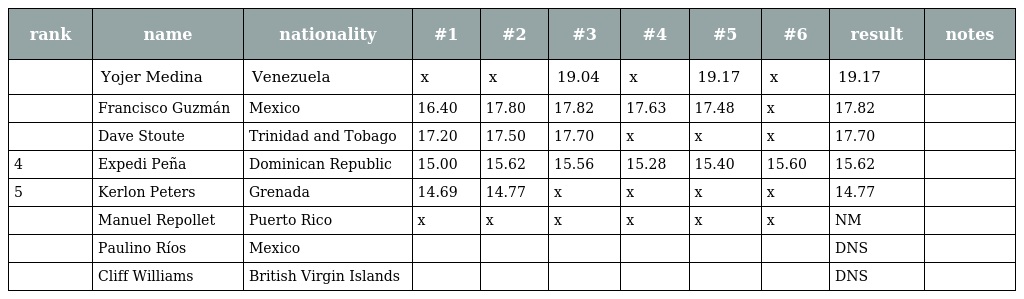
| rank | name | nationality | #1 | #2 | #3 | #4 | #5 | #6 | result | notes |
 | --- | --- | --- | --- | --- | --- | --- | --- | --- | --- | --- |
 |  | Yojer Medina | Venezuela | x | x | 19.04 | x | 19.17 | x | 19.17 |  |
 |  | Francisco Guzmán | Mexico | 16.40 | 17.80 | 17.82 | 17.63 | 17.48 | x | 17.82 |  |
 |  | Dave Stoute | Trinidad and Tobago | 17.20 | 17.50 | 17.70 | x | x | x | 17.70 |  |
 | 4 | Expedi Peña | Dominican Republic | 15.00 | 15.62 | 15.56 | 15.28 | 15.40 | 15.60 | 15.62 |  |
 | 5 | Kerlon Peters | Grenada | 14.69 | 14.77 | x | x | x | x | 14.77 |  |
 |  | Manuel Repollet | Puerto Rico | x | x | x | x | x | x | NM |  |
 |  | Paulino Ríos | Mexico |  |  |  |  |  |  | DNS |  |
 |  | Cliff Williams | British Virgin Islands |  |  |  |  |  |  | DNS |  |